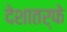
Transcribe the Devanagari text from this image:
देशातर्फे